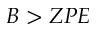
B > Z P E